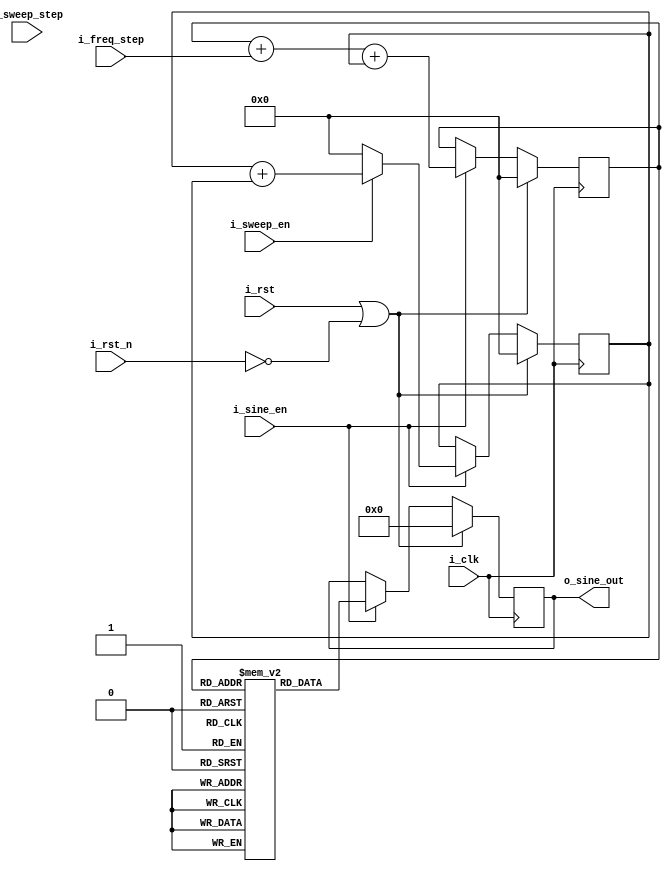
module usine_gen
#(
    parameter SINE_WIDTH = 14,
    parameter SINE_TABLE_SIZE = 5
)(
    input i_clk,
    input i_rst,
    input i_rst_n,

    input i_sine_en,
    input [SINE_TABLE_SIZE-1:0] i_freq_step,

    input i_sweep_en,
    input [SINE_TABLE_SIZE-1:0] i_sweep_step,

    output [SINE_WIDTH-1:0] o_sine_out
);

    reg [SINE_WIDTH-1:0] o_sine_out;

    // Sin gen
    reg [SINE_WIDTH-1:0] sine_table [0:(2**SINE_TABLE_SIZE)-1];
    // table needs to be updated for different SINE_WIDTH values
    // +16384 -> 14 bits unsigned data
    initial begin
        sine_table[ 0] = 8192;
        sine_table[ 1] = 9790;
        sine_table[ 2] = 11326;
        sine_table[ 3] = 12743;
        sine_table[ 4] = 13984;
        sine_table[ 5] = 15003;
        sine_table[ 6] = 15760;
        sine_table[ 7] = 16226;
        sine_table[ 8] = 16383;
        sine_table[ 9] = 16226;
        sine_table[10] = 15760;
        sine_table[11] = 15003;
        sine_table[12] = 13984;
        sine_table[13] = 12743;
        sine_table[14] = 11326;
        sine_table[15] = 9790;
        sine_table[16] = 8192;
        sine_table[17] = 6593;
        sine_table[18] = 5057;
        sine_table[19] = 3640;
        sine_table[20] = 2399;
        sine_table[21] = 1380;
        sine_table[22] = 623;
        sine_table[23] = 157;
        sine_table[24] = 0;
        sine_table[25] = 157;
        sine_table[26] = 623;
        sine_table[27] = 1380;
        sine_table[28] = 2399;
        sine_table[29] = 3640;
        sine_table[30] = 5057;
        sine_table[31] = 6593;
    end

    localparam SINE_CNTR_WIDTH = SINE_TABLE_SIZE;
    reg [SINE_CNTR_WIDTH-1:0] sine_cntr;
    reg [SINE_CNTR_WIDTH-1:0] cntr_step;
    reg sweep_flag;
    always@(posedge i_clk) begin
        if (i_rst == 1'b1 || i_rst_n == 1'b0) begin
            sine_cntr <= 0;
            cntr_step <= 0;
            sweep_flag <= 1'b0;
            o_sine_out <= 0;
        end else begin
            if (i_sine_en) begin
                sweep_flag <= i_sweep_en;
                if (i_sweep_en) begin
                    if (!sweep_flag) begin
                        // just enabled, capture step size
                        cntr_step <= i_sweep_step;
                    end
                    cntr_step <= cntr_step + cntr_step;
                end else begin
                    cntr_step <= 0;
                end
                sine_cntr <= sine_cntr + i_freq_step + cntr_step;
                o_sine_out <= sine_table[sine_cntr];
            end
        end
    end

endmodule